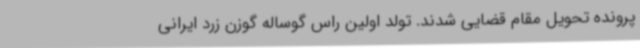
پرونده تحویل مقام قضایی شدند. تولد اولین راس گوساله گوزن زرد ایرانی